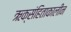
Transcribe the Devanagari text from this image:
ऋक्संहिताकालीन